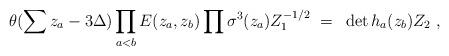
LaTeX: \begin{align*}\theta(\sum z_a-3\Delta)\prod_{a<b}E(z_a,z_b)\prod\sigma^{3}(z_a)Z_{1}^{-1/2}~=~\det h_{a}(z_b) Z_{2}~,\end{align*}